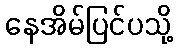
နေအိမ်ပြင်ပသို့